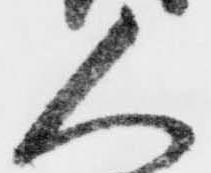
人